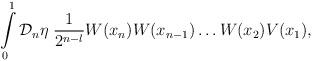
LaTeX: \begin{align*} \int \limits_0^1 {\cal D}_n \eta \; \frac{1}{2^{n-l}} W(x_n)W(x_{n-1}) \dots W(x_2)V(x_1),\end{align*}